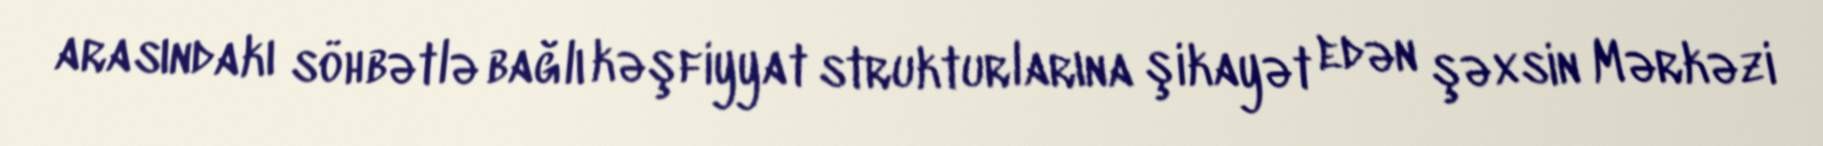
arasındakı söhbətlə bağlı kəşfiyyat strukturlarına şikayət edən şəxsin Mərkəzi